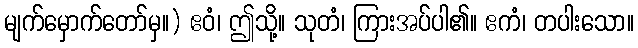
မျက်မှောက်တော်မှ။) ဧဝံ၊ ဤသို့။ သုတံ၊ ကြားအပ်ပါ၏။ ဧကံ၊ တပါးသော။